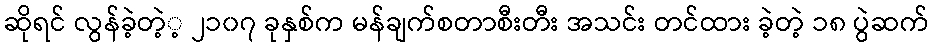
ဆိုရင် လွန်ခဲ့တဲ့့ ၂၁၀၇ ခုနှစ်က မန်ချက်စတာစီးတီး အသင်း တင်ထား ခဲ့တဲ့ ၁၈ ပွဲဆက်